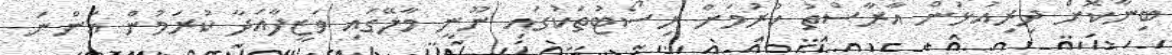
ބިނާކޮށް ދިރިއުޅުން އާރާސްތު ކުރުމަށް ރިސޯޓުތަކުގައި ނޫނީ މާލޭގައި ވަޒީފާއަދާ ކުރަމުން އަންނަ